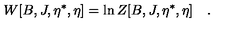
W [ B , J , \eta ^ { \ast } , \eta ] = \ln Z [ B , J , \eta ^ { \ast } , \eta ] \quad .